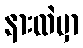
နားထဲမှာ